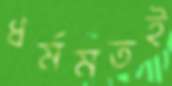
ধর্মমতই